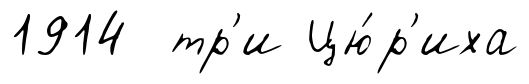
1914 тр'и Цю́р'иха